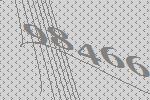
98466